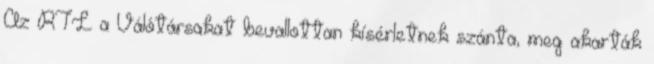
Az RTL a Válótársakat bevallottan kísérletnek szánta, meg akarták